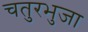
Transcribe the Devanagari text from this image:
चतुरभुजा